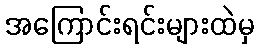
အကြောင်းရင်းများထဲမှ